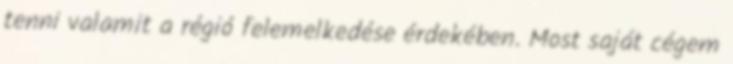
tenni valamit a régió felemelkedése érdekében. Most saját cégem